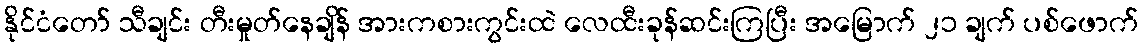
နိုင်ငံတော် သီချင်း တီးမှုတ်နေချိန် အားကစားကွင်းထဲ လေထီးခုန်ဆင်းကြပြီး အမြောက် ၂၁ ချက် ပစ်ဖောက်